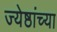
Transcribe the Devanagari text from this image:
ज्येष्ठांच्या